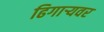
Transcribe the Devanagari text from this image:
ढिगार्‍यवर